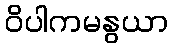
ဝိပါကမနွယာ